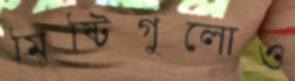
মিষ্টিগুলোও